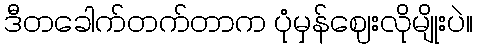
ဒီတခေါက်တက်တာက ပုံမှန်ဈေးလိုမျိုးပဲ။